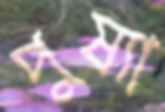
পুষ্যা